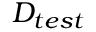
D _ { t e s t }